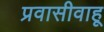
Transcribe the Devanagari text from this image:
प्रवासीवाहू